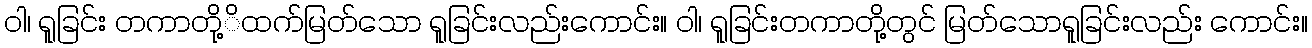
ဝါ၊ ရူခြင်း တကာတို့ိထက်မြတ်သော ရူခြင်းလည်းကောင်း။ ဝါ၊ ရူခြင်းတကာတို့တွင် မြတ်သောရူခြင်းလည်း ကောင်း။